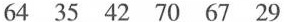
64 35 42 70 67 29